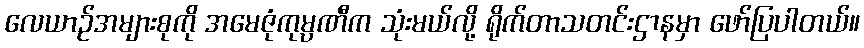
လေယာဉ်အများစုကို အမေဇုံကုမ္ပဏီက သုံးမယ်လို့ ရိုက်တာသတင်းဌာနမှာ ဖော်ပြပါတယ်။